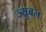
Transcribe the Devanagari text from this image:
ज्युबल